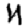
Digit: 4